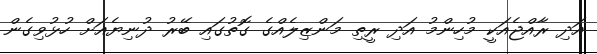
އަދި ރާއްޖެއަކީ މުހިންމު އަދި ރީތި މަންޒިލެއްގެ ގޮތުގައި ބޭރު ދުނިޔެއަށް ހުޅުވިގެން